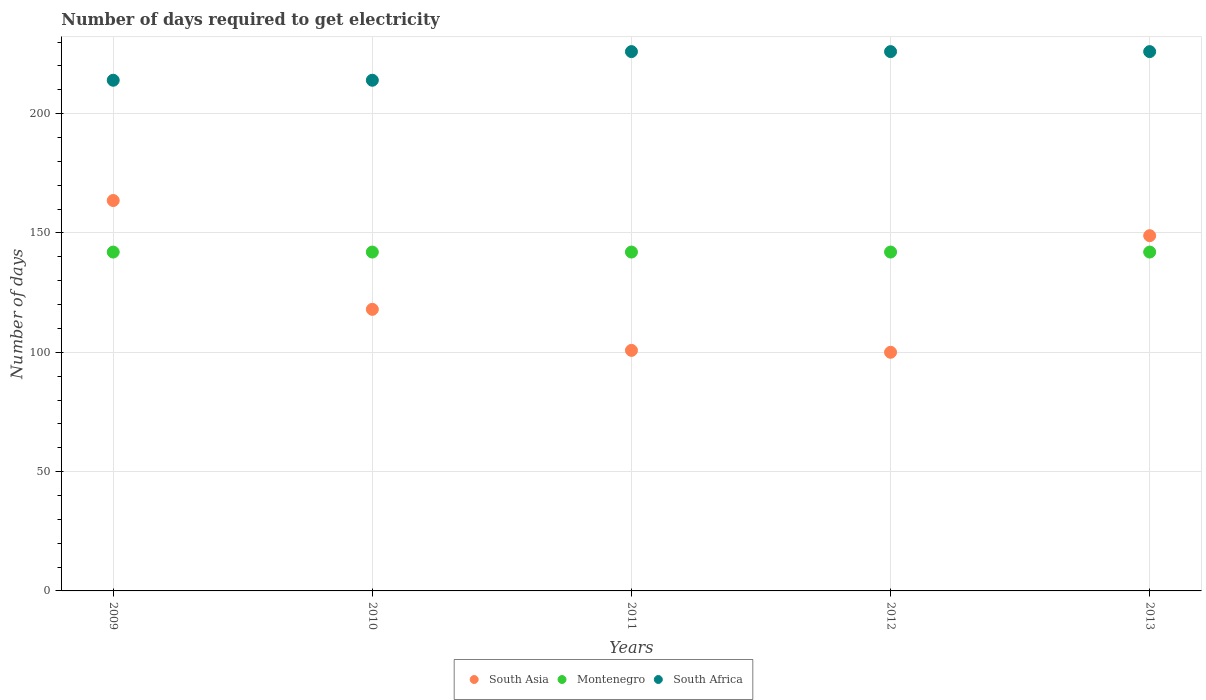
| Years | South Asia | Montenegro | South Africa |
 | --- | --- | --- | --- |
 | 2009 | 164 | 142 | 214 |
 | 2010 | 118 | 142 | 214 |
 | 2011 | 101 | 142 | 226 |
 | 2012 | 100 | 142 | 226 |
 | 2013 | 149 | 142 | 226 |